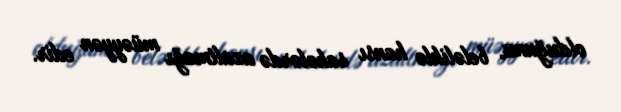
olduğunu, beləliklə hansı sahələrdə azaltmağı müəyyən edir.